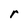
Character: r